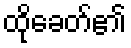
ထိုခေတ်၏